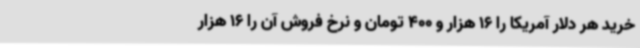
خرید هر دلار آمریکا را 16 هزار و 400 تومان و نرخ فروش آن را 16 هزار